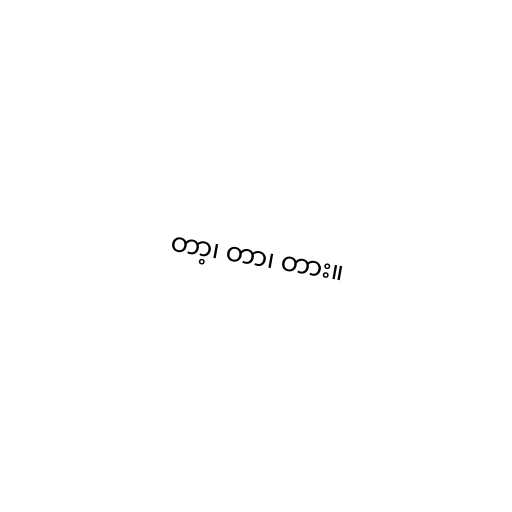
တာ့၊ တာ၊ တား။